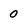
Character: 0